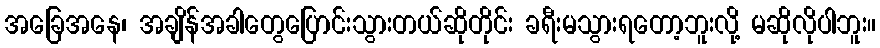
အခြေအနေ၊ အချိန်အခါတွေပြောင်းသွားတယ်ဆိုတိုင်း ခရီးမသွားရတော့ဘူးလို့ မဆိုလိုပါဘူး။